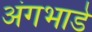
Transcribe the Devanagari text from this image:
अंगभाडे